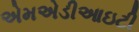
એમએડીઆઇટી